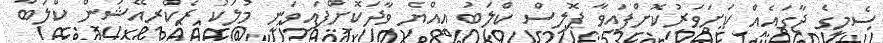
ސެމީގެ ޖާގައެއް ކަށަވަރުކޮށްފައިވާ ޕޮލިސް ކްލަބު އިއްޔެ ވާދަކޮށްފައިވަނީ މުލަކު ރެކްރިއޭޝަން ކްލަބާ